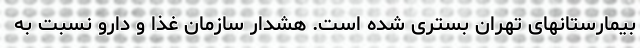
بیمارستانهای تهران بستری شده است. هشدار سازمان غذا و دارو نسبت به